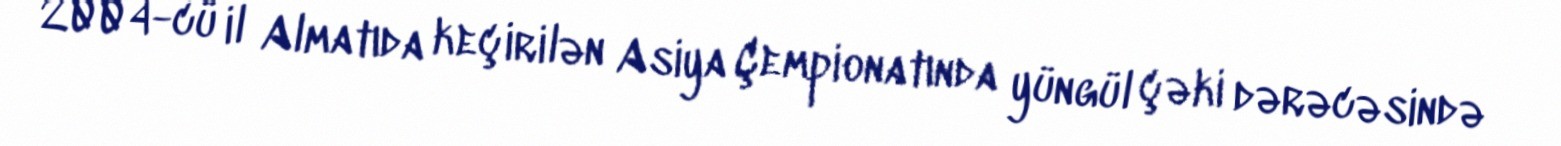
2004-cü il Almatıda keçirilən Asiya Çempionatında yüngül çəki dərəcəsində